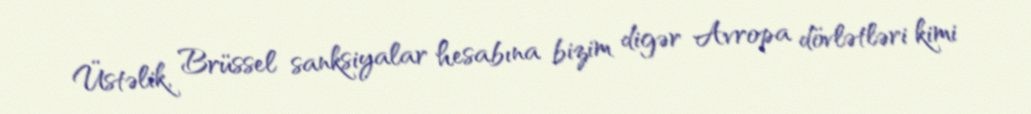
Üstəlik, Brüssel sanksiyalar hesabına bizim digər Avropa dövlətləri kimi